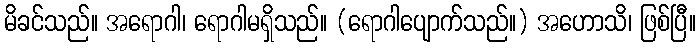
မိခင်သည်။ အရောဂါ၊ ရောဂါမရှိသည်။ (ရောဂါပျောက်သည်။) အဟောသိ၊ ဖြစ်ပြီ။